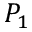
P _ { 1 }